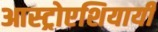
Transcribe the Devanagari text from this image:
आस्ट्रोएशियायी